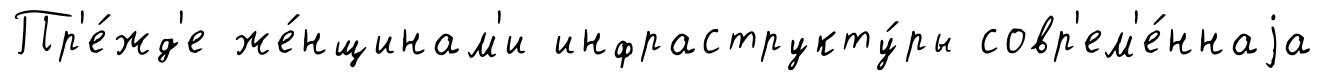
Пр'е́жд'е же́нщинам'и инфраструкту́ры совр'ем'е́ннаjа